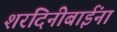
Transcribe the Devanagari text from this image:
शरदिनीबाईंना